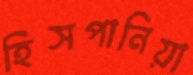
হিসপানিয়া